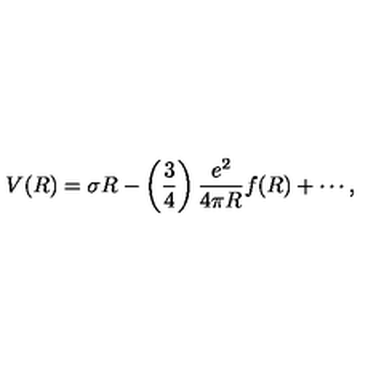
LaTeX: V ( R ) = \sigma R - \left( \frac { 3 } { 4 } \right) \frac { e ^ { 2 } } { 4 \pi R } f ( R ) + \cdots ,